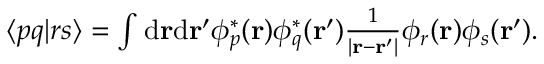
\begin{array} { r } { \langle p q | r s \rangle = \int \mathrm { d } \mathbf r \mathrm { d } \mathbf r ^ { \prime } \phi _ { p } ^ { * } ( \mathbf r ) \phi _ { q } ^ { * } ( \mathbf r ^ { \prime } ) \frac { 1 } { | \mathbf r - \mathbf r ^ { \prime } | } \phi _ { r } ( \mathbf r ) \phi _ { s } ( \mathbf r ^ { \prime } ) . } \end{array}